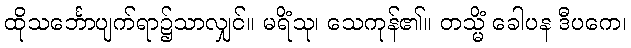
ထိုသင်္ဘောပျက်ရာ၌သာလျှင်။ မရိံသု၊ သေကုန်၏။ တသ္မိံ ခေါပန ဒီပကေ၊